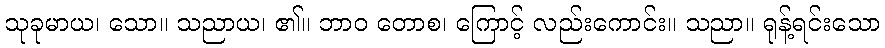
သုခုမာယ၊ သော။ သညာယ၊ ၏။ ဘာဝ တောစ၊ ကြောင့် လည်းကောင်း။ သညာ။ ရုန့်ရင်းသော